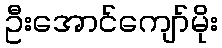
ဦးအောင်ကျော်မိုး